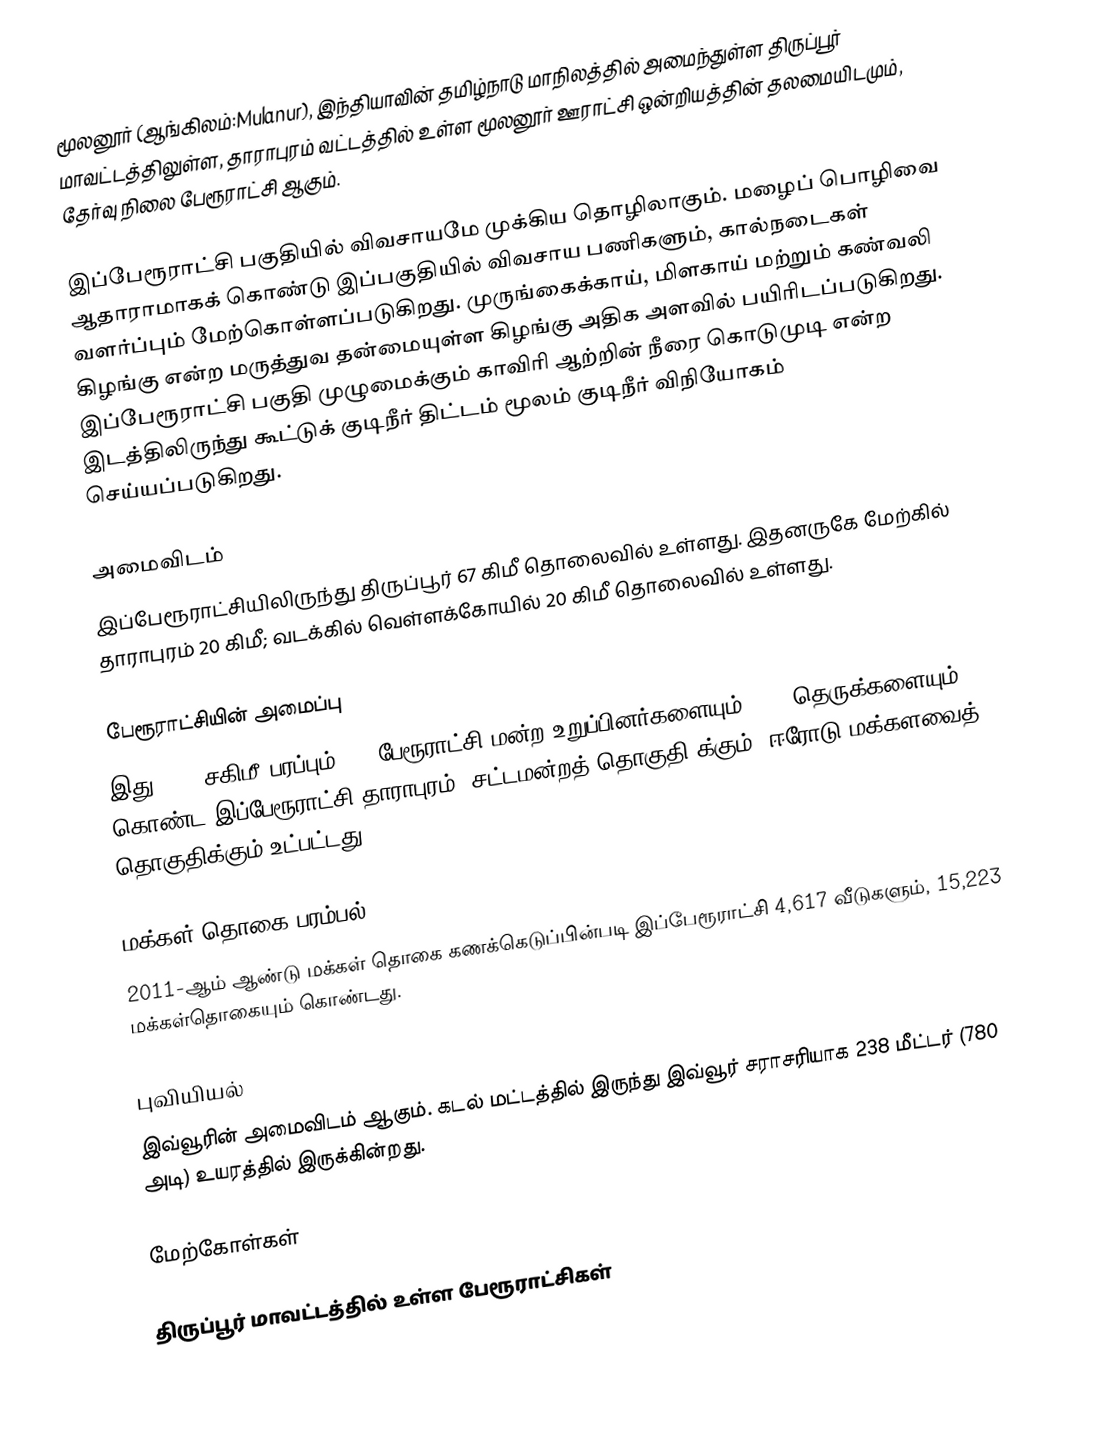
மூலனூர் (ஆங்கிலம்:Mulanur), இந்தியாவின் தமிழ்நாடு மாநிலத்தில் அமைந்துள்ள திருப்பூர் மாவட்டத்திலுள்ள, தாராபுரம் வட்டத்தில் உள்ள  மூலனூர் ஊராட்சி ஒன்றியத்தின் தலமையிடமும், தேர்வு நிலை பேரூராட்சி ஆகும்.

இப்பேரூராட்சி பகுதியில் விவசாயமே முக்கிய தொழிலாகும். மழைப் பொழிவை ஆதாராமாகக் கொண்டு இப்பகுதியில் விவசாய பணிகளும், கால்நடைகள் வளர்ப்பும் மேற்கொள்ளப்படுகிறது. முருங்கைக்காய், மிளகாய் மற்றும் கண்வலி கிழங்கு என்ற மருத்துவ தன்மையுள்ள கிழங்கு அதிக அளவில் பயிரிடப்படுகிறது. இப்பேரூராட்சி பகுதி முழுமைக்கும் காவிரி ஆற்றின் நீரை கொடுமுடி என்ற இடத்திலிருந்து கூட்டுக் குடிநீர் திட்டம் மூலம் குடிநீர் விநியோகம் செய்யப்படுகிறது.

அமைவிடம்
இப்பேரூராட்சியிலிருந்து திருப்பூர் 67  கிமீ தொலைவில் உள்ளது. இதனருகே மேற்கில் தாராபுரம் 20 கிமீ; வடக்கில் வெள்ளக்கோயில் 20 கிமீ தொலைவில் உள்ளது.

பேரூராட்சியின் அமைப்பு
இது  48.5 சகிமீ பரப்பும்,  15 பேரூராட்சி மன்ற உறுப்பினர்களையும், 105 தெருக்களையும் கொண்ட இப்பேரூராட்சி  தாராபுரம்   (சட்டமன்றத் தொகுதி)க்கும், ஈரோடு மக்களவைத் தொகுதிக்கும் உட்பட்டது.

மக்கள் தொகை பரம்பல்
2011-ஆம் ஆண்டு மக்கள் தொகை கணக்கெடுப்பின்படி  இப்பேரூராட்சி 4,617    வீடுகளும்,  15,223 மக்கள்தொகையும் கொண்டது.

புவியியல்
இவ்வூரின் அமைவிடம்  ஆகும். கடல் மட்டத்தில் இருந்து இவ்வூர் சராசரியாக 238 மீட்டர் (780 அடி) உயரத்தில் இருக்கின்றது.

மேற்கோள்கள்

திருப்பூர் மாவட்டத்தில் உள்ள பேரூராட்சிகள்